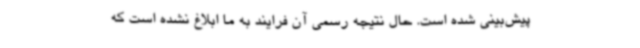
پیش‌بینی شده است. حال نتیجه رسمی آن فرایند به ما ابلاغ نشده است که